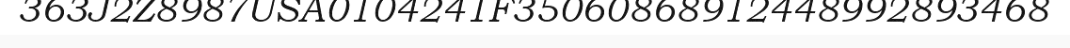
363J2Z8987USA0104241F35060868912448992893468